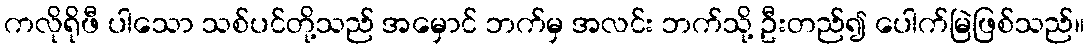
ကလိုရိုဖီ ပါသော သစ်ပင်တို့သည် အမှောင် ဘက်မှ အလင်း ဘက်သို့ ဦးတည်၍ ပေါက်မြဲဖြစ်သည်။